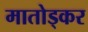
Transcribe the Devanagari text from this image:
मातोड्कर